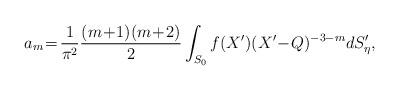
LaTeX: \begin{align*}a_{m}\!=\! \frac{1}{\pi^{2}}\frac{(m\!+\!1)(m\!+\! 2)}{2}\int_{S_{0}}f(X')(X'\!-\! Q)^{-3-m} dS'_{\eta}, \end{align*}